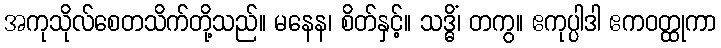
အကုသိုလ်စေတသိက်တို့သည်။ မနေန၊ စိတ်နှင့်။ သဒ္ဓိံ၊ တကွ။ ဧကုပ္ပါဒါ ဧကဝတ္ထုကာ